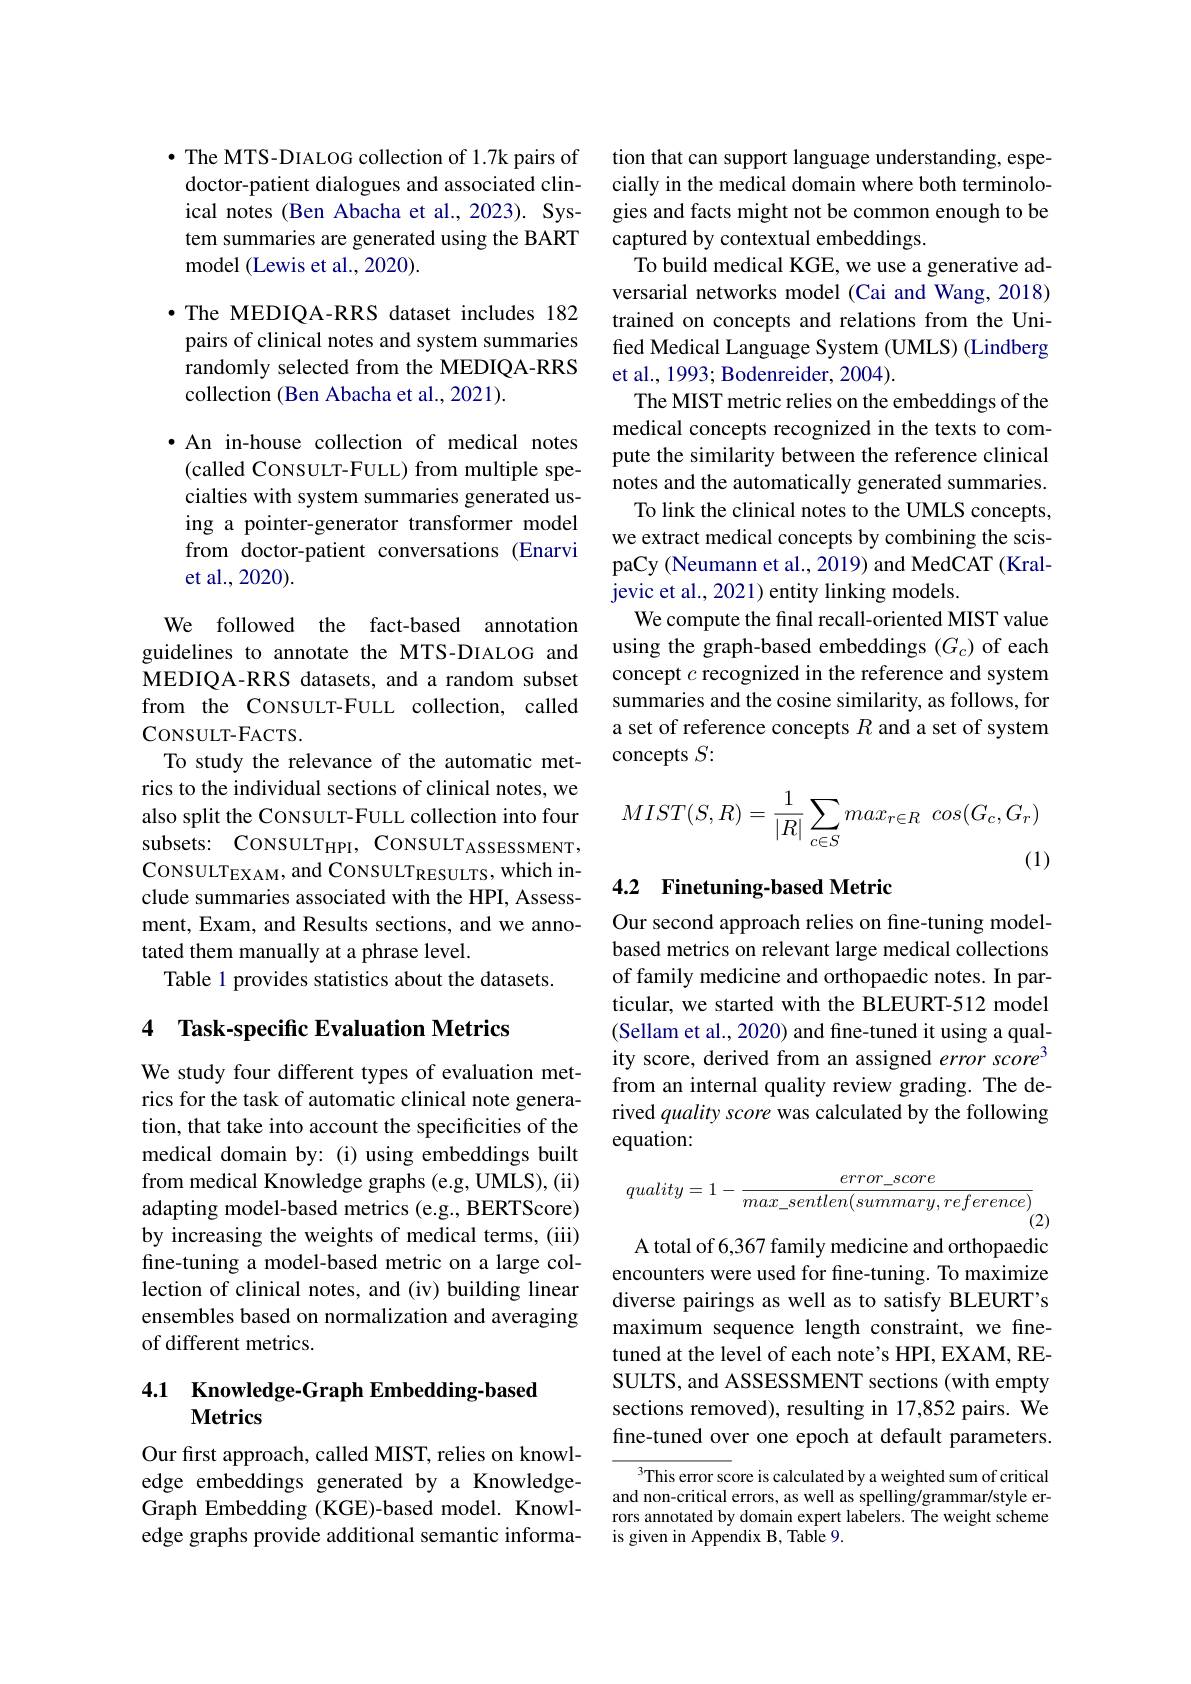
$\bullet$ The MTS-DIALOG collection of 1.7k pairs of doctor-patient dialogues and associated clinical notes (Ben Abacha et al.,2023). System summaries are generated using the BART model (Lewis et al., 2020).

$\bullet$ The MEDIQA-RRS dataset includes 182 pairs of clinical notes and system summaries randomly selected from the MEDIQA-RRS collection (Ben Abacha et al., 2021).

·An in-house collection of medical notes (called CoNSULT-FULL) from multiple specialties with system summaries generated using a pointer-generator transformer model from doctor-patient conversations (Enarvi et al., 2020).

We followed the fact-based annotation guidelines to annotate the MTS-DIALOG and MEDIQA-RRS datasets, and a random subset from the CONSULT-FULL collection, called CONSULT- FACTS.
To study the relevance of the automatic metrics to the individual sections of clinical notes, we also split the CONSULT-FULL collection into four subsets: CONSULTHPI, CONSULTASSESSMENT, CONSULTEXAM, and CONSULTRESULTS, which include summaries associated with the HPI, Assessment, Exam, and Results sections, and we annotated them manually at a phrase level.
Table 1 provides statistics about the datasets.

## 4 Task-specific Evaluation Metrics

We study four different types of evaluation metrics for the task of automatic clinical note generation, that take into account the specificities of the medical domain by: (i) using embeddings built from medical Knowledge graphs (e.g, UMLS), (ii) adapting model-based metrics (e.g., BERTScore) by increasing the weights of medical terms, (iii) fine-tuning a model-based metric on a large collection of clinical notes, and (iv) building linear ensembles based on normalization and averaging of different metrics.

### 4.1 Knowledge-Graph Embedding-based Metrics

Our first approach, called MIST, relies on knowledge embeddings generated by a KnowledgeGraph Embedding (KGE)-based model. Knowledge graphs provide additional semantic informa-

tion that can support language understanding, especially in the medical domain where both terminologies and facts might not be common enough to be captured by contextual embeddings.
To build medical KGE, we use a generative adversarial networks model (Cai and Wang, 2018) trained on concepts and relations from the Unified Medical Language System (UMLS) (Lindberg et al., 1993; Bodenreider, 2004).
The MIST metric relies on the embeddings of the medical concepts recognized in the texts to compute the similarity between the reference clinical notes and the automatically generated summaries.
To link the clinical notes to the UMLS concepts, we extract medical concepts by combining the scispaCy (Neumann et al., 2019) and MedCAT (Kraljevic et al., 2021) entity linking models.
We compute the final recall-oriented MIST value using the graph-based embeddings (G。) of each concept $c$ recognized in the reference and system summaries and the cosine similarity, as follows, for a set of reference concepts $R$ and a set of system concepts $S:$
$$MIST(S,R)=\frac{1}{|R|}\sum_{c\in S}max_{r\in R}\:cos(G_{c},G_{r})$$
(1)

## 4.2 Finetuning-based Metric

Our second approach relies on fine-tuning modelbased metrics on relevant large medical collections of family medicine and orthopaedic notes. In particular, we started with the BLEURT-512 model (Sellam et al., 2020) and fine-tuned it using a quality score, derived from an assigned error score$^{3}$ from an internal quality review grading. The derived quality score was calculated by the following equation:
$$quality=1-\frac{error_score}{max_sentlen(summary,reference)}_{(2)}$$
A total of 6,367 family medicine and orthopaedic

encounters were used for fine-tuning. To maximize diverse pairings as well as to satisfy BLEURT's maximum sequence length constraint, we finetuned at the level of each note's HPI, EXAM, RESULTS, and ASSESSMENT sections (with empty sections removed), resulting in 17,852 pairs. We fine-tuned over one epoch at default parameters.

This error score is calculated by a weighted sum of critical and non-critical errors, as well as spelling/grammar/style errors annotated by domain expert labelers. The weight scheme is given in Appendix B, Table 9.